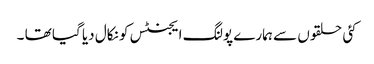
کئی حلقوں سے ہمارے پولنگ ایجنٹس کو نکال دیا گیا تھا ۔